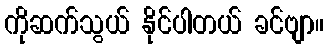
ကိုဆက်သွယ် နိုင်ပါတယ် ခင်ဗျာ။